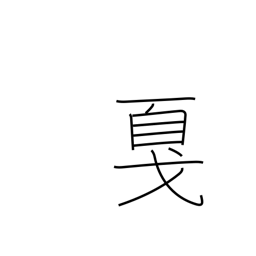
Meaning: halberd